Lunatic asylums in Bengal annual reports 1888-1898 - 1888-1898
Year: 1888
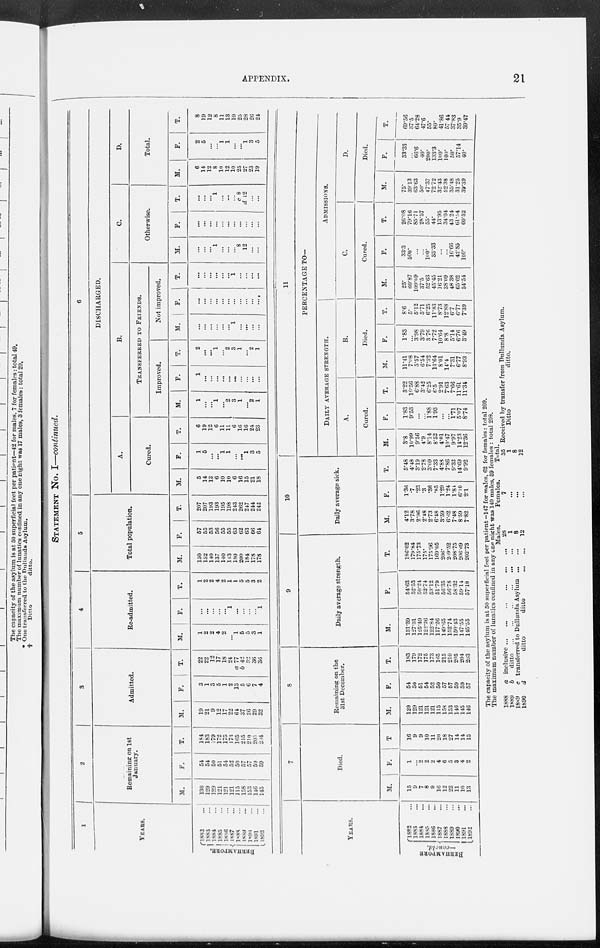
APPENDIX.
21
STATEMENT No. I—continued.
1
YEARS.
BERHAMPORE.
1882 ...
1883 ...
1884 ...
1885 ...
1886 ...
1887 ...
1888 ...
1889
...
1890 ...
1891 ...
1892
...
2
Remaining on 1st
January.
M.
130
129
129
121
121
121
115
158
153
146
145
F.
54
54
50
51
54
52
50
57
57
59
59
T.
184
183
179
172
175
173
165
215
210
205
204
3
Admitted.
M.
19
21
9
12
17
22
64
37
26
29
32
F.
3
1
3
5
1
2
13
5
6
7
4
T.
22
22
12
17
18
24
a 77
b 42
32
36
36
4
Re-admitted.
M.
1
2
2
4
2
...
1
5
5
3
1
F.
...
...
...
...
...
1
...
...
...
...
1
T.
1
2
2
4
2
1
1
5
5
3
2
5
Total population.
M.
150
152
140
137
140
143
180
200
184
178
178
F.
57
55
53
56
55
55
63
62
63
66
64
T.
207
207
193
193
195
198
243
262
247
244
242
6
DISCHARGED.
A.
Cured.
M.
5
14
12
6
10
10
6
16
15
21
18
F.
1
5
...
...
1
1
...
...
1
3
5
T.
6
19
12
6
11
11
6
16
16
24
23
B.
TRANSFERRED TO FRIENDS.
Improved.
M.
1
...
...
1
...
2
3
1
...
2
1
F.
1
...
...
...
...
...
...
...
...
...
...
T.
2
...
...
1
...
2
3
1
...
2
1
Not improved.
M.
...
...
...
...
...
...
1
...
...
...
...
F.
...
...
...
...
...
...
...
...
...
...
...
T.
...
...
...
...
...
...
1
...
...
...
...
C.
Otherwise.
M.
...
...
...
1
...
...
...
8
12
...
...
F.
...
...
...
...
...
...
...
...
...
...
...
T.
...
...
...
1
...
...
...
c 8
d 12
...
...
D.
Total.
M.
6
14
12
8
10
12
10
25
27
23
19
F.
2
5
...
...
1
1
...
...
1
3
5
T.
8
19
12
8
11
13
10
25
28
26
24
YEARS.
BERHAMPORE
—concld.
1882 ...
1883 ...
1884 ...
1885 ...
1886 ...
1887 ...
1888 ...
1889 ...
1890 ...
1891 ...
1892
...
7
Died.
M.
15
9
7
8
9
16
12
22
11
10
13
F.
1
...
2
2
2
4
6
5
3
4
2
T.
16
9
9
10
11
20
18
27
14
14
15
8
Remaining on the
31st December.
M.
129
129
121
121
121
115
158
153
146
145
146
F.
54
50
51
54
52
50
57
57
59
59
57
T.
183
179
172
175
173
165
215
210
205
204
203
9
Daily average strength.
M.
131.39
127.31
125.49
122.26
122.84
117.26
149.65
152.74
150.43
147.55
145.55
F.
54.63
52.53
50.24
52.74
53.12
51.79
56.35
56.78
58.32
59.14
57.18
T.
186.02
179.84
175.73
175.
175.96
169.05
206.
209.52
208.75
206.69
202.73
10
Daily average sick.
M.
4.12
3.78
2.96
2.48
2.73
6.48
3.59
6.62
7.48
8.59
7.82
F.
1.36
.7
.23
.3
.36
.85
1.29
1.24
1.84
6.10
2.1
T.
5.48
4.48
3.19
2.78
3.09
7.33
4.88
7.86
9.32
14.69
9.92
11
PERCENTAGE TO—
DAILY AVERAGE STRENGTH.
A.
Cured.
M.
3.8
10.99
9.56
4.9
8.14
8.52
4.01
10.47
9.97
14.23
12.36
F.
1.83
9.53
...
...
1.88
1.93
...
...
1.71
5.07
8.74
T.
3.22
10.56
6.88
3.42
6.25
6.5
2.91
7.63
7.66
11.61
11.34
B.
Died.
M.
11.41
7.08
5.57
6.54
7.32
13.64
8.01
14.4
7.31
6.77
8.93
F.
1.83
...
3.98
3.79
3.76
7.72
10.64
8.8
5.14
6.76
3.49
T.
8.6
5.
5.12
5.71
6.25
11.83
8.73
12.88
6.7
6.77
7.39
ADMISSIONS.
C.
Cured.
M.
25.
60.87
109.09
37.5
52.63
45.45
16.21
38.09
48.38
65.62
54.54
F.
33.3
500.
...
...
100. 33.33
...
...
16.66
42.85
100.
T.
26.08
79.16
85.71
28.57
55.
44.
13.95
34.04
43.24
61.54
60.52
D.
Died.
M.
75.
39.13
63.63
50.
47.37
72.72
82.43
52.38
35.48
31.25
39.39
F.
33.33
...
66.6
40.
200.
133.3
100.
100.
50.
57.14
40.
T.
69.56
37.5
64.28
47.6
55.
80.
41.86
57.44
37.83
35.9
39.47
The capacity of the asylum is at 50 superficial feet per patient —147 for males, 62 for females : total 209.
The maximum number of lunatics confined in any one night was 149 males, 59 females : total 208.
1888
1889
1889
1890
a inclusive
...
...
...
...
...
...
b
ditto
...
...
...
...
...
...
c transferred to Dullunda Asylum ... ...
d
ditto
ditto
...
...
Males.
28
1
8
12
Females.
7
...
...
...
Total.
35
1
8
12
Received by transfer from Dullunda Asylum.
Ditto
ditto.